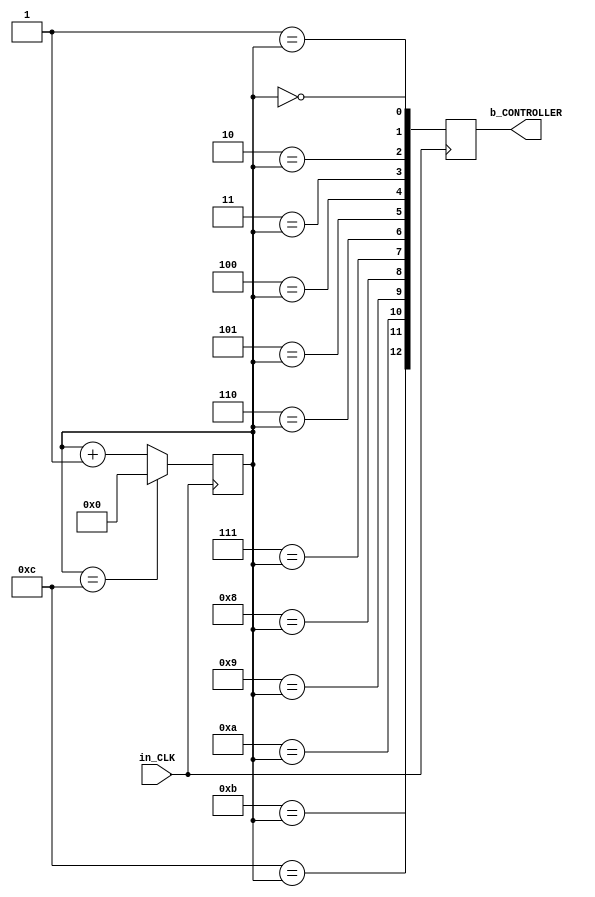
module _CONTROLLER #(parameter SUB_CYCLES = 13) (input in_CLK, output [SUB_CYCLES-1:0] b_CONTROLLER);
	reg [SUB_CYCLES-1:0] b_CONTROLLER = 0;
	reg [$clog2(SUB_CYCLES)-1:0] counter = 0;
	reg [$clog2(SUB_CYCLES)-1:0] i = 0;

	always @(posedge in_CLK) begin
		counter <= (counter == SUB_CYCLES-1) ? 0 : counter + 1;
	
		for (i=0; i<SUB_CYCLES; i=i+1)
			b_CONTROLLER[i] <= i == counter;

	end
endmodule